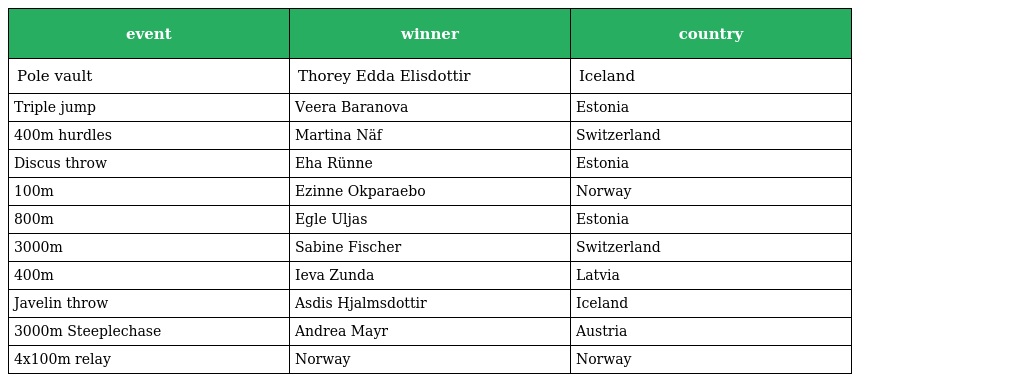
| event | winner | country |
 | --- | --- | --- |
 | Pole vault | Thorey Edda Elisdottir | Iceland |
 | Triple jump | Veera Baranova | Estonia |
 | 400m hurdles | Martina Näf | Switzerland |
 | Discus throw | Eha Rünne | Estonia |
 | 100m | Ezinne Okparaebo | Norway |
 | 800m | Egle Uljas | Estonia |
 | 3000m | Sabine Fischer | Switzerland |
 | 400m | Ieva Zunda | Latvia |
 | Javelin throw | Asdis Hjalmsdottir | Iceland |
 | 3000m Steeplechase | Andrea Mayr | Austria |
 | 4x100m relay | Norway | Norway |